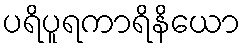
ပရိပူရကာရိနိယော